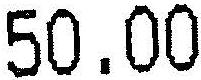
50.00